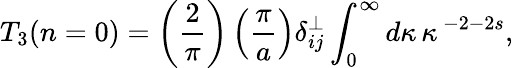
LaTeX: T_{3}(n=0)=\left({\frac{2}{\pi}}\right)\left({\frac{\pi}{a}}\right)\delta_{ij}^{\bot}\int_{0}^{\infty}d\kappa\, \kappa\, ^{-2-2s},